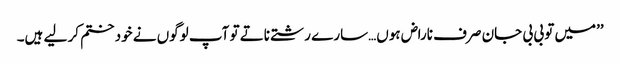
’’میں تو بی بی جان صرف ناراض ہوں…سارے رشتے ناتے تو آپ لوگوں نے خود ختم کر لیے ہیں۔